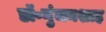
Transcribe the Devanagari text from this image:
डॉ॰गुंजनशाह